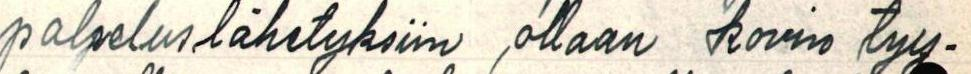
palveluslähetyksiin ollaan kovin tyy-